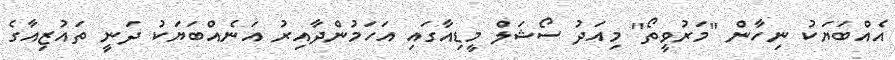
އެއްބަޔަކު ނިހާން "މަރުވީތޯ" މިއަދު ސޯޝަލް މީޑިއާގައި އަހަމުންދާއިރު އަނެއްބަޔަކު ދަނީ ތައުޒިއާގެ